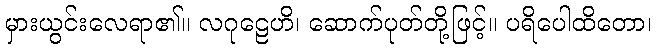
မှားယွင်းလေရာ၏။ လဂုဠေဟိ၊ ဆောက်ပုတ်တို့ဖြင့်။ ပရိပေါထိတော၊